Standards of the constituents of the urine and blood and the bearing of the metabolism of Bengalis on the problems of nutrition - Number 34
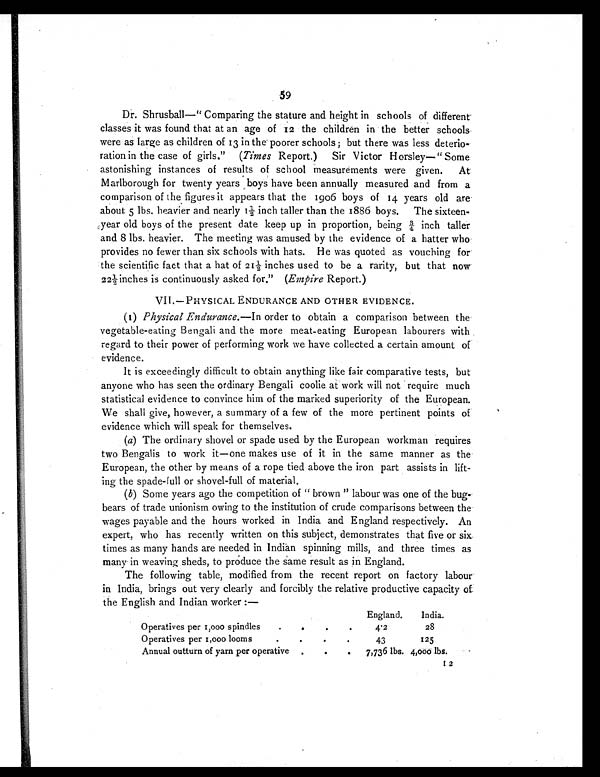
59
Dr. Shrusball—" Comparing the stature and height in schools of different
classes it was found that at an age of 12 the children in the better schools
were as large as children of 13 in the poorer schools; but there was less deterio-
ration in the case of girls." ( Times Report.) Sir Victor Horsley—" Some
astonishing instances of results of school measurements were given. At
Marlborough for twenty years boys have been annually measured and from a
comparison of the, figures it appears that the 1906 boys of 14 years old are
about 5 lbs. heavier and nearly 1 ½ inch taller than the 1886 boys. The sixteen-
year old boys of the present date keep up in proportion, being ¾ inch taller
and 8 lbs. heavier. The meeting was amused by the evidence of a hatter who
provides no fewer than six schools with hats. He was quoted as vouching for
the scientific fact that a hat of 21 ½ inches used to be a rarity, but that now
22 ½ inches is continuously asked for." ( Empire Report.)
VII.—PHYSICAL ENDURANCE AND OTHER EVIDENCE.
(I) Physical Endurance.—In order to obtain a comparison between the
vegetable-eating Bengali and the more meat-eating European labourers with
regard to their power of performing work we have collected a certain amount of
evidence.
It is exceedingly difficult to obtain anything like fair comparative tests, but
anyone who has seen the ordinary Bengali coolie at work will not require much
statistical evidence to convince him of the marked superiority of the European.
We shall give, however, a summary of a few of the more pertinent points of
evidence which will speak for themselves.
(a)The ordinary shovel or spade used by the European workman requires
two Bengalis to work it—one makes use of it in the same manner as the
European, the other by means of a rope tied above the iron part assists in lift-
ing the spade-full or shovel-full of material.
(b)Some years ago the competition of " brown " labour was one of the bug-
bears of trade unionism owing to the institution of crude comparisons between the
wages payable and the hours worked in India and England respectively. An
expert, who has recently written on this subject, demonstrates that five or six.
times as many hands are needed in Indian spinning mills, and three times as
many in weaving sheds, to produce the same result as in England.
The following table, modified from the recent report on factory labour
in India, brings out very clearly and forcibly the relative productive capacity of
the English and Indian worker :—
England.
India.
Operatives per 1,000 spindles
.
.
.
.
4 . 2
28
Operatives per 1,000 looms
.
.
.
.
43
125
Annual outturn of yarn per operative .
.
.
7,736 lbs. 4,000 lbs.
12